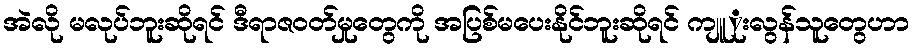
အဲလို မလုပ်ဘူးဆိုရင် ဒီရာဇဝတ်မှုတွေကို အပြစ်မပေးနိုင်ဘူးဆိုရင် ကျူုးလွန်သူတွေဟာ